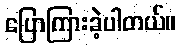
ပြောကြားခဲ့ပါတယ်။